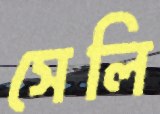
সেলি